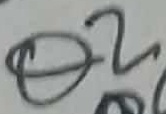
Text: Q2